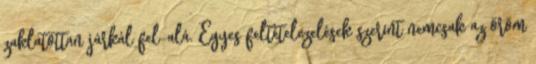
zaklatottan járkál fel-alá. Egyes feltételezelések szerint nemcsak az öröm